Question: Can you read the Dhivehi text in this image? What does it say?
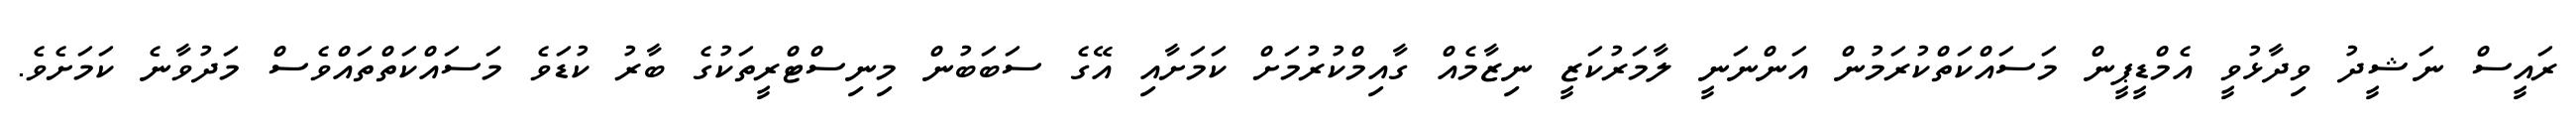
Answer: ރައީސް ނަޝީދު ވިދާޅުވީ އެމްޑީޕީން މަސައްކަތްކުރަމުން އަންނަނީ ލާމަރުކަޒީ ނިޒާމެއް ގާއިމްކުރުމަށް ކަމަށާއި އޭގެ ސަބަބުން މިނިސްޓްރީތަކުގެ ބާރު ކުޑަވެ މަސައްކަތްތައްވެސް މަދުވާނެ ކަމަށެވެ.